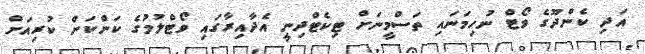
އަދި ކެންދޫގެ ވޯޓް ނުހިމަނައި ތަސްމީނަށް ޓިކެޓްދިނީ އެދާއިރާގައި ވޯޓްލުމުގެ ކަންކަން ކުރިއަށް